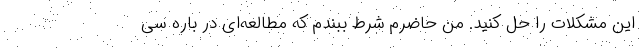
این مشکلات را حل کنید. من حاضرم شرط ببندم که مطالعه‌ای در باره سی